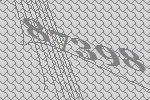
87398